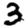
Digit: 3